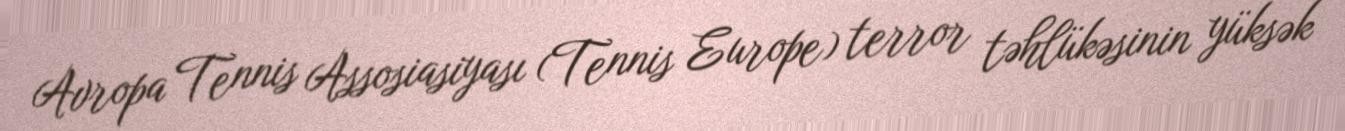
Avropa Tennis Assosiasiyası (Tennis Europe) terror təhlükəsinin yüksək